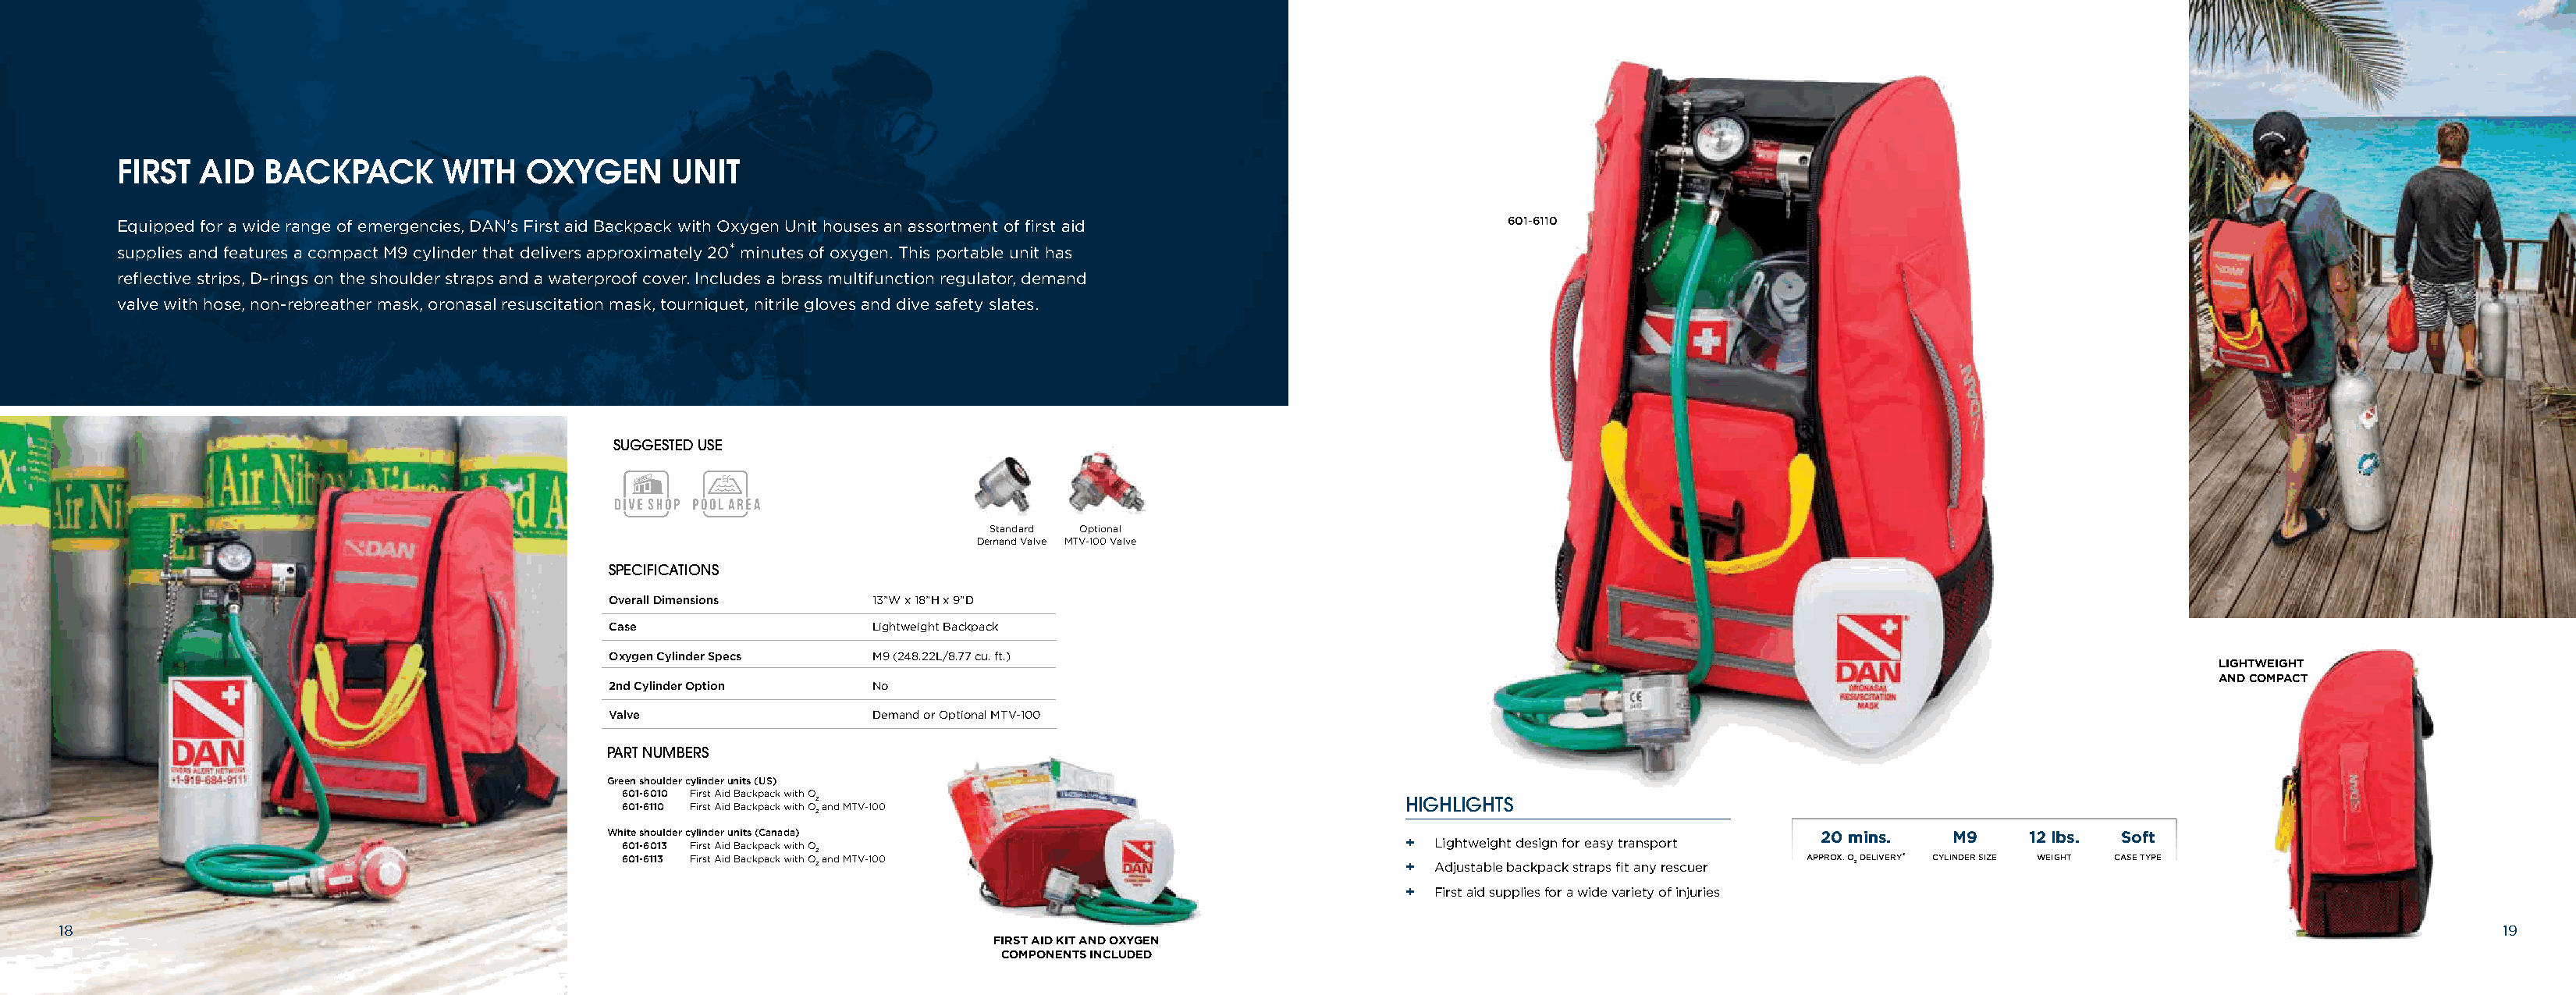
FIRST  AID  BACKPACK        WITH   OXYGEN      UNIT
 Equipped for a wide range of emergencies, DAN’s First aid Backpack with Oxygen Unit houses an assortment of first aid 601-6110
 supplies and features a compact M9 cylinder that delivers approximately 20* minutes of oxygen. This portable unit has
 reflective strips, D-rings on the shoulder straps and a waterproof cover. Includes a brass multifunction regulator, demand
 valve with hose, non-rebreather mask, oronasal resuscitation mask, tourniquet, nitrile gloves and dive safety slates.
 SUGGESTED USE
 SCUBA
 Standard Optional
 Demand Valve MTV-100 Valve
 SPECIFICATIONS
 Overall Dimensions    13”W x 18”H x 9”D
 Case                  Lightweight Backpack
 Oxygen Cylinder Specs M9 (248.22L/8.77 cu. ft.)
 LIGHTWEIGHT
 AND COMPACT
 2nd Cylinder Option   No
 Valve                 Demand or Optional MTV-100
 PART NUMBERS
 Green shoulder cylinder units (US)
 601-6010 First Aid Backpack with O
 2                                                 HIGHLIGHTS
 601-6110 First Aid Backpack with O and MTV-100
 2
 White shoulder cylinder units (Canada)                                                                20 mins.    M9    12 lbs. Soft
 601-6013 First Aid Backpack with O                                +  Lightweight design for easy transport
 601-6113 First Aid Backpack with O2 2 and MTV-100                 +  Adjustable backpack straps fit any rescuer APPROX. O 2 DELIVERY* CYLINDER SIZE WEIGHT CASE TYPE
 +  First aid supplies for a wide variety of injuries
 18                                                                                                                                                                                                             19
 FIRST AID KIT AND OXYGEN
 COMPONENTS INCLUDED